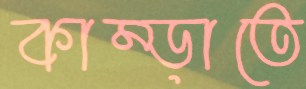
কাম্‌ড়াতে